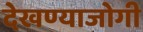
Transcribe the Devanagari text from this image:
देखण्याजोगी